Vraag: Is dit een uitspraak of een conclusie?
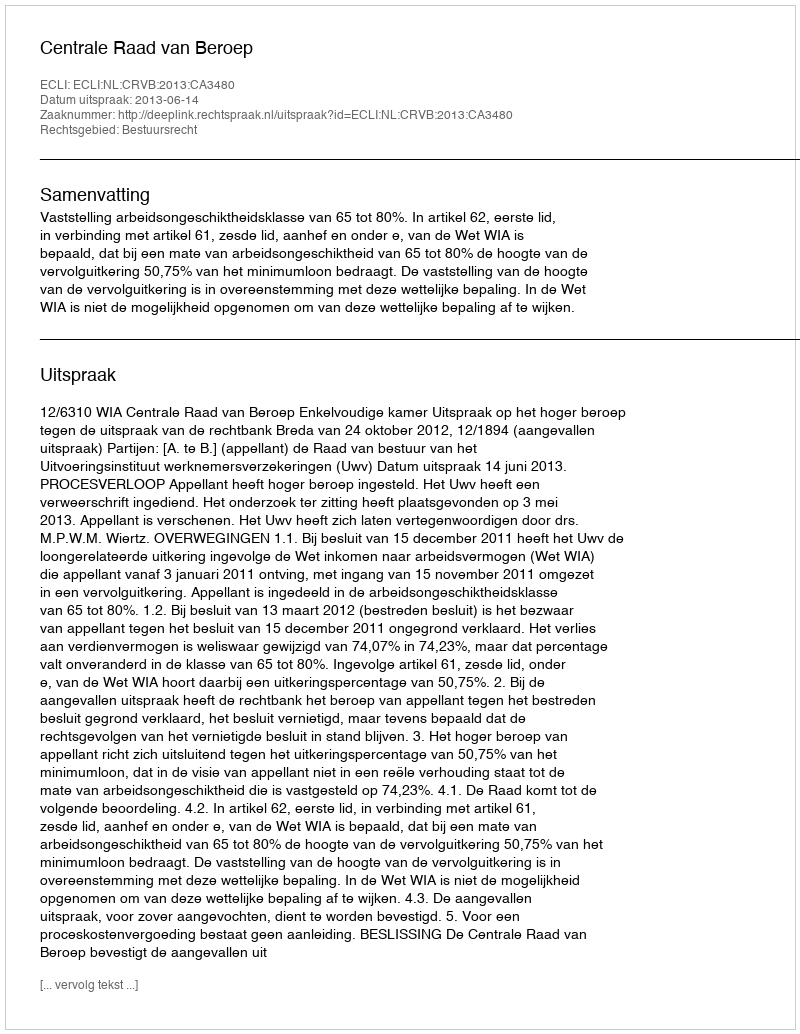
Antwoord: Uitspraak